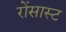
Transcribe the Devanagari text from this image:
रोंसास्ट